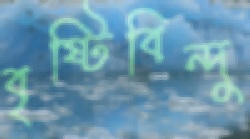
বৃষ্টিবিন্দু